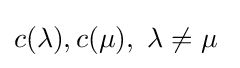
c(\lambda ),c(\mu ),\ \lambda \neq \mu \